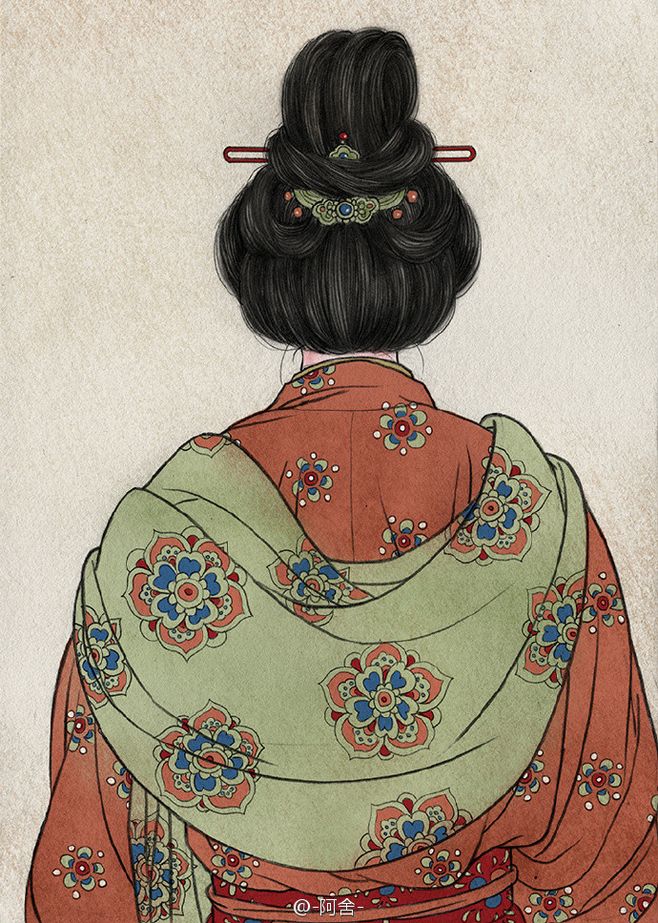
小山重叠金明灭，鬓云欲度香腮雪。